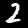
Digit: 2